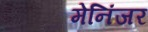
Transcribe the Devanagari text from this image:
मेनिंजर